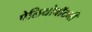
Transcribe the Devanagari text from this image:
पेलियोबॉटनी